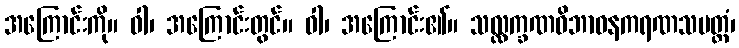
အကြောင်းကို။ ဝါ၊ အကြောင်းတွင်။ ဝါ၊ အကြောင်း၏။ သလ္လက္ခဏဝိဘာဝနကရဏသမတ္ထံ၊